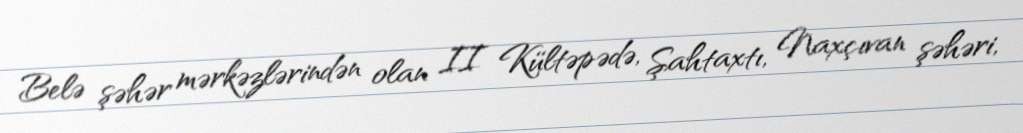
Belə şəhər mərkəzlərindən olan II Kültəpədə, Şahtaxtı, Naxçıvan şəhəri,